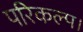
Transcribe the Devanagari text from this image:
परिकल्प।